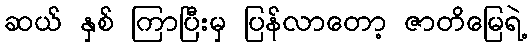
ဆယ် နှစ် ကြာပြီးမှ ပြန်လာတော့ ဇာတိမြေရဲ့